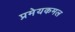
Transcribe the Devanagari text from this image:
प्रमेयकमल